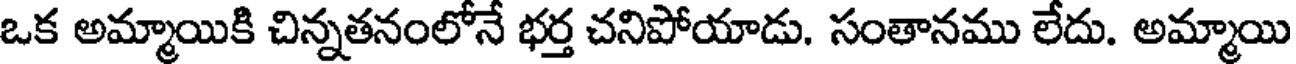
ఒక అమ్మాయికి చిన్నతనంలోనే భర్త చనిపోయాడు. సంతానము లేదు. అమ్మాయి